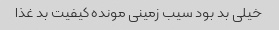
خیلی بد بود سیب زمینی مونده کیفیت بد غذا